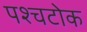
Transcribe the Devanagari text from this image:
पश्चटोक